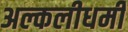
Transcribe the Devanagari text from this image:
अल्कलीधर्मी